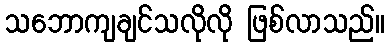
သဘောကျချင်သလိုလို ဖြစ်လာသည်။